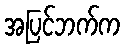
အပြင်ဘက်က